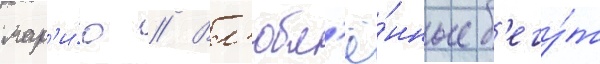
мар'и́ю // Вл'юбл'ё́нные б'егу́т